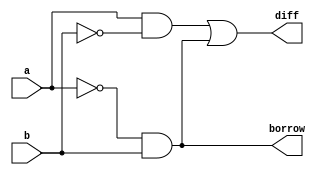
module half_sub
(
   input wire a,b,
   output wire diff,borrow
);
assign diff=(a&~b)|(~a&b);
assign borrow=~a&b;
endmodule